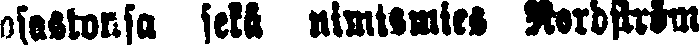
osastonsa sekä nimismies Nordström